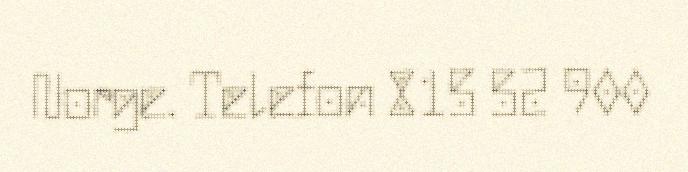
Norge. Telefon 815 52 900